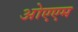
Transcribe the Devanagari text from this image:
ओएएम